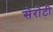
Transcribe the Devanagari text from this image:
सेरोटी